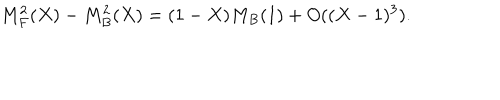
M _ { F } ^ { 2 } ( X ) - M _ { B } ^ { 2 } ( X ) = ( 1 - X ) M _ { B } ( 1 ) + O ( ( X - 1 ) ^ { 3 } ) .